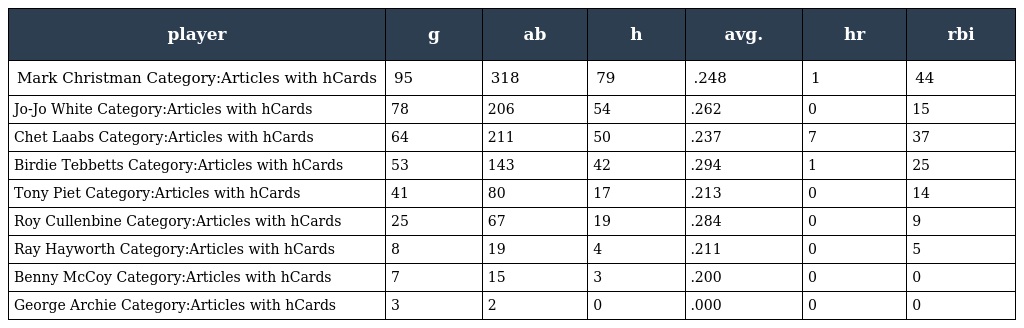
| player | g | ab | h | avg. | hr | rbi |
 | --- | --- | --- | --- | --- | --- | --- |
 | Mark Christman Category:Articles with hCards | 95 | 318 | 79 | .248 | 1 | 44 |
 | Jo-Jo White Category:Articles with hCards | 78 | 206 | 54 | .262 | 0 | 15 |
 | Chet Laabs Category:Articles with hCards | 64 | 211 | 50 | .237 | 7 | 37 |
 | Birdie Tebbetts Category:Articles with hCards | 53 | 143 | 42 | .294 | 1 | 25 |
 | Tony Piet Category:Articles with hCards | 41 | 80 | 17 | .213 | 0 | 14 |
 | Roy Cullenbine Category:Articles with hCards | 25 | 67 | 19 | .284 | 0 | 9 |
 | Ray Hayworth Category:Articles with hCards | 8 | 19 | 4 | .211 | 0 | 5 |
 | Benny McCoy Category:Articles with hCards | 7 | 15 | 3 | .200 | 0 | 0 |
 | George Archie Category:Articles with hCards | 3 | 2 | 0 | .000 | 0 | 0 |